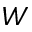
W